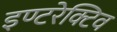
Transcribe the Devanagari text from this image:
इण्टरेक्टिव